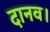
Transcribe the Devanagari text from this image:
दानव।